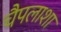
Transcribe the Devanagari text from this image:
चैपलाशा